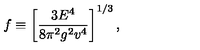
f \equiv \left[ \frac { 3 E ^ { 4 } } { 8 \pi ^ { 2 } g ^ { 2 } v ^ { 4 } } \right] ^ { 1 / 3 } ,